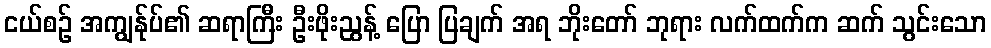
ငယ်စဉ် အကျွန်ုပ်၏ ဆရာကြီး ဦးဖိုးညွန့် ပြော ပြချက် အရ ဘိုးတော် ဘုရား လက်ထက်က ဆက် သွင်းသော